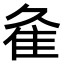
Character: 𨾉